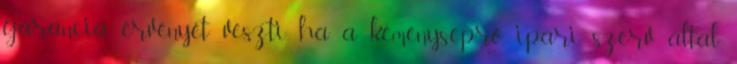
garancia érvényét veszti ha a kéményseprő ipari szerv által